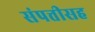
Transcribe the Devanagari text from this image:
संपत्तीसह